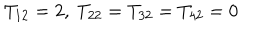
LaTeX: T _ { 1 2 } = 2 , \ T _ { 2 2 } = T _ { 3 2 } = T _ { 4 2 } = 0